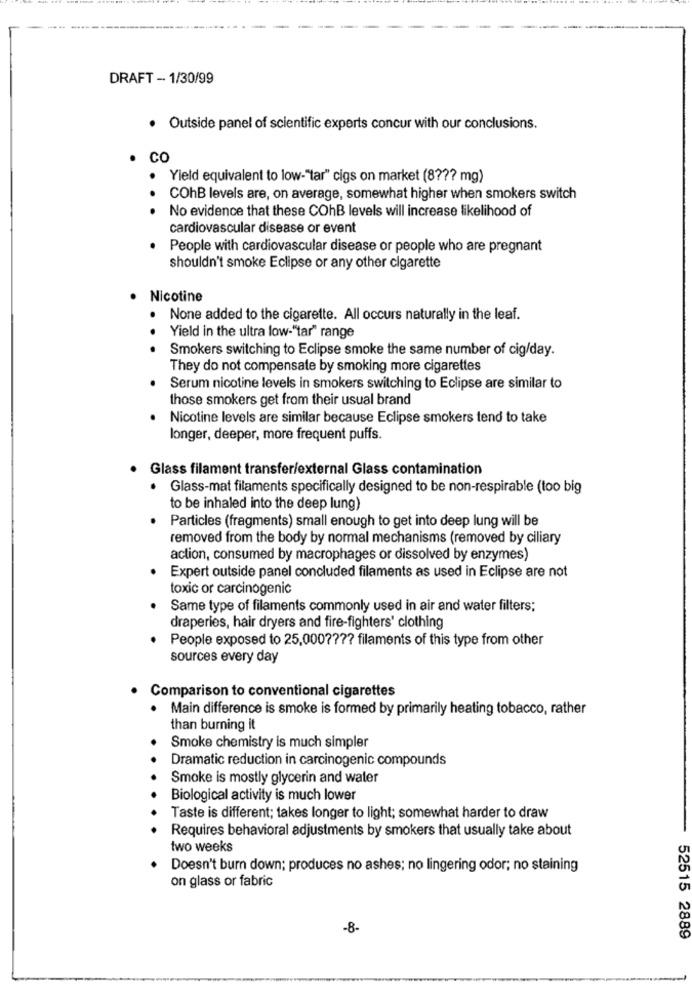
DRAFT - 1/30/99
· Outside panel of scientific experts concur with our conclusions.
CO
Yield equivalent to low-"tar" cigs on market (8 ??? mg)
. .
COhB levels are, on average, somewhat higher when smokers switch
No evidence that these COhB levels will increase likelihood of
cardiovascular disease or event
People with cardiovascular disease or people who are pregnant
shouldn't smoke Eclipse or any other cigarette
Nicotine
. None added to the cigarette. All occurs naturally in the leaf.
Yield in the ultra low-"tar" range
Smokers switching to Eclipse smoke the same number of cig/day.
They do not compensate by smoking more cigarettes
Serum nicotine levels in smokers switching to Eclipse are similar to
those smokers get from their usual brand
Nicotine levels are similar because Eclipse smokers tend to take
longer, deeper, more frequent puffs.
Glass filament transfer/external Glass contamination
Glass-mat filaments specifically designed to be non-respirable (too big
to be inhaled into the deep lung)
Particles (fragments) small enough to get into deep lung will be
removed from the body by normal mechanisms (removed by ciliary
action, consumed by macrophages or dissolved by enzymes)
Expert outside panel concluded filaments as used in Eclipse are not
toxic or carcinogenic
Same type of filaments commonly used in air and water filters;
draperies, hair dryers and fire-fighters' clothing
People exposed to 25,000 ???? filaments of this type from other
sources every day
Comparison to conventional cigarettes
· Main difference is smoke is formed by primarily heating tobacco, rather
than burning it
Smoke chemistry is much simpler
Dramatic reduction in carcinogenic compounds
Smoke is mostly glycerin and water
Biological activity is much lower
Taste is different; takes longer to light; somewhat harder to draw
Requires behavioral adjustments by smokers that usually take about
two weeks
Doesn't burn down; produces no ashes; no lingering odor; no staining
on glass or fabric
-8-
52515 2889